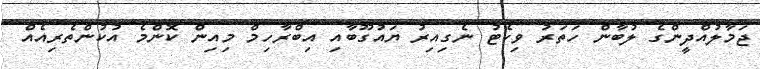
ޖަމާލުއްދީންގެ ލުބާން ހަތަރު ވިކެޓު ނެގިއިރު ޔައުގޫބާއި އިބްރާހިމް މިއިން ކޮންމެ އުކުންތެރިއެއް